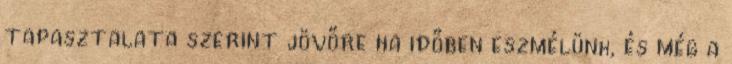
tapasztalata szerint jövőre ha időben eszmélünk, és még a